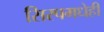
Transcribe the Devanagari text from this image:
सिरपमधेही